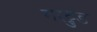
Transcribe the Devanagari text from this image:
गरट्रुड